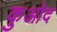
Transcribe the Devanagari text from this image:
कुओद